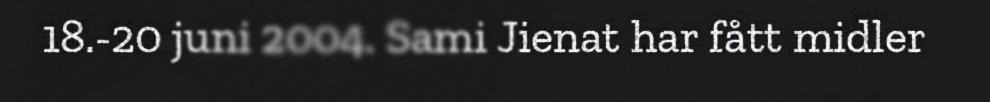
18.-20 juni 2004. Sami Jienat har fått midler